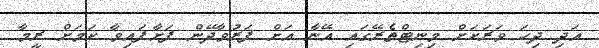
އަދި ދިހަ ވަރަކަށް މިނިޓްތެރޭގައި އޭނާ އަށް ފަރުވާދޭން ފަށާފައިވާ ކަމަށް ރީމާ